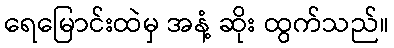
ရေမြောင်းထဲမှ အနံ့ ဆိုး ထွက်သည်။